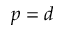
p = d